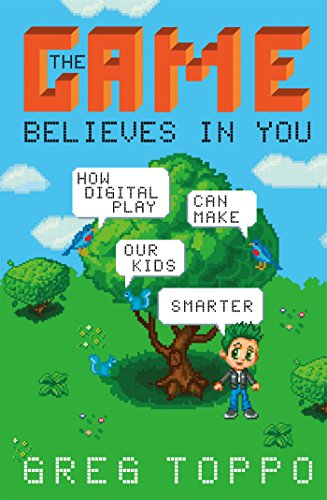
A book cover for The Game Believes in You: How Digital Play Can Make Our Kids Smarter; Greg Toppo; Education & Teaching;